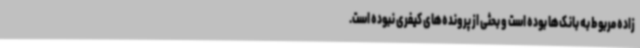
زاده مربوط به بانک‌ها بوده است و بحثی از پرونده‌های کیفری نبوده است.